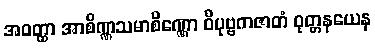
အဝတ္ထာ အာစိဏ္ဏသမာစိဏ္ဏော ဝိပုဗ္ဗကဇာတံ ဝုတ္တနယေန